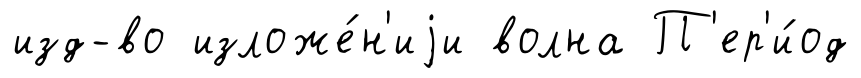
изд-во изложе́н'иjи волна П'ер'и́од